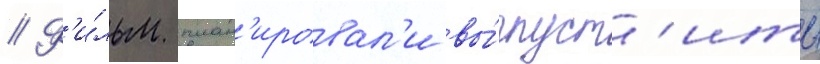
// Ф'и́льм план'ировал'и вы́пуст'ить